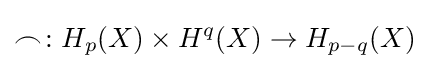
\frown \colon H_{p}(X)\times H^{q}(X)\to H_{p-q}(X)